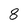
Character: 8